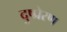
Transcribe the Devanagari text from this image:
दुष्प्रेरण